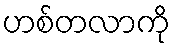
ဟစ်တလာကို